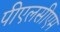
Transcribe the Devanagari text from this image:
पीएलसीएम